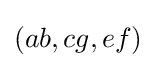
(ab,cg,ef)